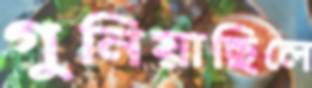
গুনিয়াছিলে